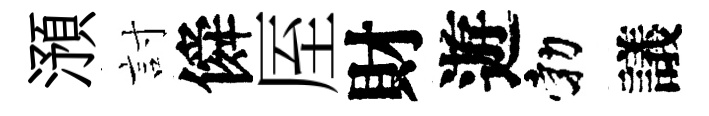
澦討僢厔財遊勃議